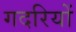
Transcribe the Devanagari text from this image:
गदरियों